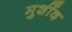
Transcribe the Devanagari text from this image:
मुर्शीद